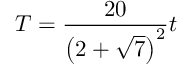
T = { \frac { 2 0 } { \left( 2 + \sqrt { 7 } \right) ^ { 2 } } } t